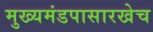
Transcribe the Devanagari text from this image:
मुख्यमंडपासारखेच